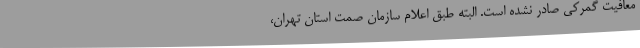
معافیت گمرکی صادر نشده است. البته طبق اعلام سازمان صمت استان تهران،